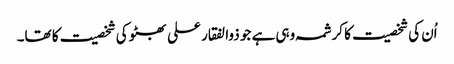
اُن کی شخصیت کا کرشمہ وہی ہے جو ذوالفقار علی بھٹو کی شخصیت کا تھا۔